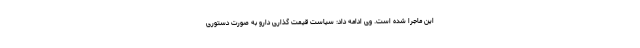
این ماجرا شده است. وی ادامه داد: سیاست قیمت گذاری دارو به صورت دستوری